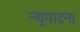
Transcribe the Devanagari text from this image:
न्यूगाइना